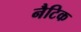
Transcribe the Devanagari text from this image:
नैटिक